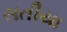
સતીયા